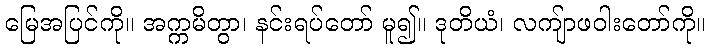
မြေအပြင်ကို။ အက္ကမိတွာ၊ နင်းရပ်တော် မူ၍။ ဒုတိယံ၊ လကျ်ာဖဝါးတော်ကို။